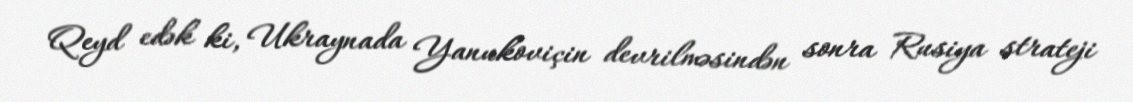
Qeyd edək ki, Ukraynada Yanukoviçin devrilməsindən sonra Rusiya strateji